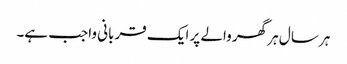
ہر سال ہر گھر والے پر ایک قربانی واجب ہے۔